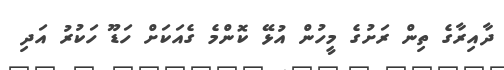
ދާއިރާގެ ތިން ރަށުގެ މީހުން އުޅޭ ކޮންމެ ގެއަކަށް ހަޑޫ ހަކުރު އަދި